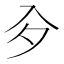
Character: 㒱